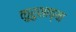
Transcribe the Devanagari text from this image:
कुरुशाच्या